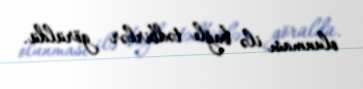
olunması ilə bağlı tədbirlər görüldü.